Problem: 49 - 35 = ?
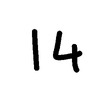
Handwritten answer: 14